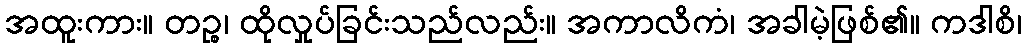
အထူးကား။ တဉ္စ၊ ထိုလှုပ်ခြင်းသည်လည်း။ အကာလိကံ၊ အခါမဲ့ဖြစ်၏။ ကဒါစိ၊